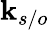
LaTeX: \mathbf{k}_{s/o}